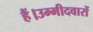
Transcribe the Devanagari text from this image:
हैं।उम्मीदवारों